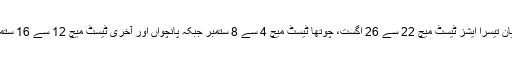
دونوں ٹیموں کے درمیان تیسرا ایشز ٹیسٹ میچ 22 سے 26 اگست، چوتھا ٹیسٹ میچ 4 سے 8 ستمبر جبکہ پانچواں اور آخری ٹیسٹ میچ 12 سے 16 ستمبر تک کھیلا جائے گا۔